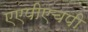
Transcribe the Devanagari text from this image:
एएपीएचपी